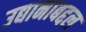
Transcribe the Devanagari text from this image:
उद्यानाबद्दल